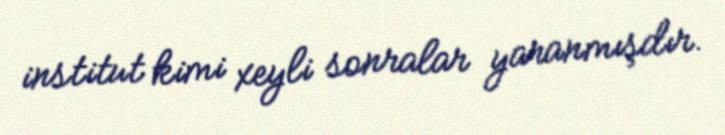
institut kimi xeyli sonralar yaranmışdır.